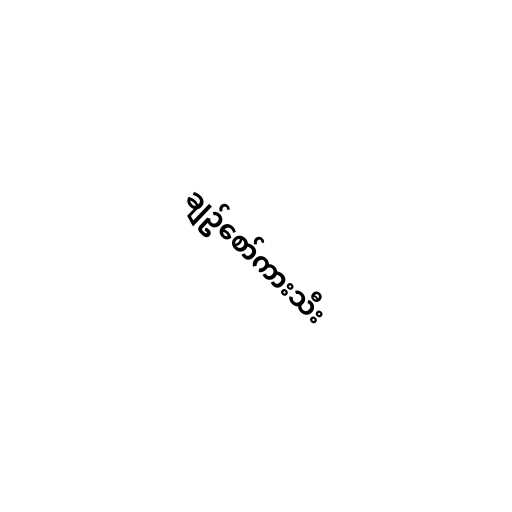
ချဥ်စော်ကားသီး